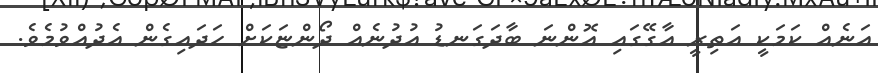
އަނެއް ކަމަކީ އަތިރީ އާގޭގައި އޮންނަ ބާދަގަނޑު އުދުނެއް ދޯންޏަކަށް ހަދައިގެން އެދުއްވުމެވެ.